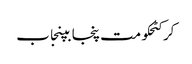
کرکٹحکومت پنجابپنجاب